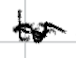
Text: to
Cross-out: wave
Writing tool: digital_black